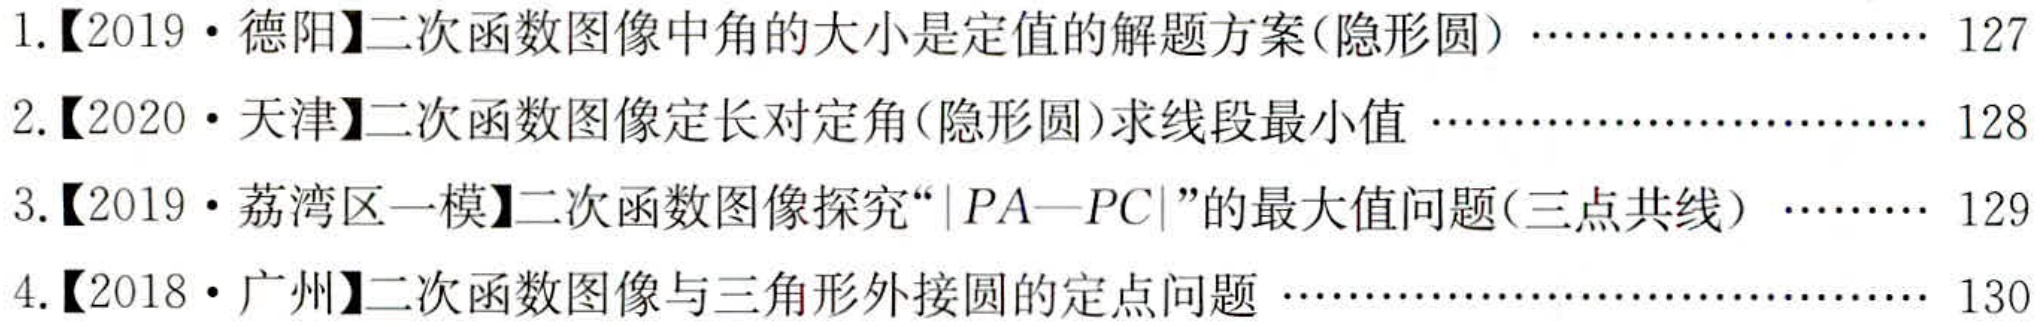
1.【2019·德阳】二次函数图像中角的大小是定值的解题方案(隐形圆)……………………127
2.【2020·天津】二次函数图像定长对定角(隐形圆)求线段最小值 …………………………128
3.【2019·荔湾区一模】二次函数图像探究“\(\vert PA - PC\vert\)”的最大值问题(三点共线) ………129
4.【2018·广州】二次函数图像与三角形外接圆的定点问题 ……………………………………130